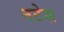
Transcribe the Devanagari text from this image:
नटेश